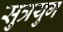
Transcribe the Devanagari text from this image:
सुत्रयुग